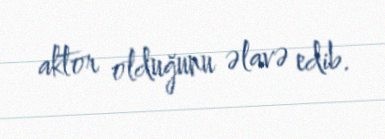
aktor olduğunu əlavə edib.